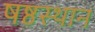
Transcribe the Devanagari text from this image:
षष्ठस्थान